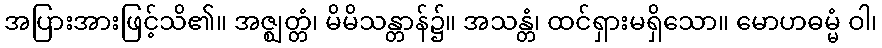
အပြားအားဖြင့်သိ၏။ အဇ္ဈတ္တံ၊ မိမိသန္တာန်၌။ အသန္တံ၊ ထင်ရှားမရှိသော။ မောဟဓမ္မံ ဝါ၊